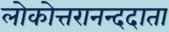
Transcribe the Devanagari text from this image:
लोकोत्तरानन्ददाता